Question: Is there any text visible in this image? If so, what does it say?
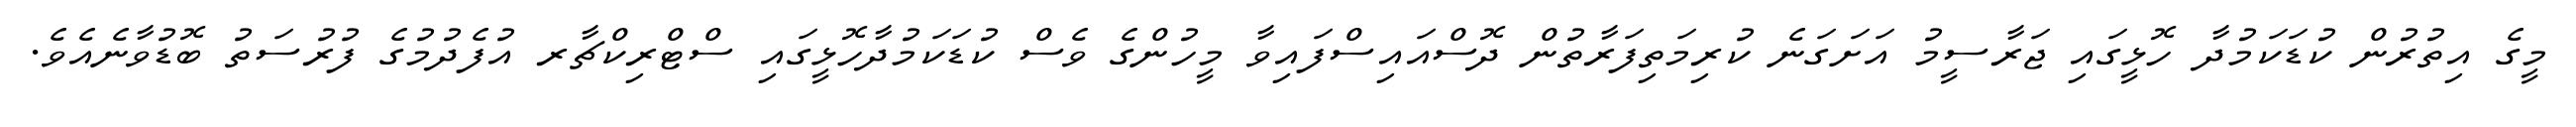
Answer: މީގެ އިތުރުން ކުޑަކަމުދާ ހޮޅީގައި ޖަރާސީމު އަށަގަނެ ކުރިމަތިފަރާތުން ދޮސްއައިސްފައިވާ މީހުންގެ ވެސް ކުޑަކަމުދާހޮޅީގައި ސްޓްރިކްޗާރ އުފެދުމުގެ ފުރުސަތު ބޮޑުވާނެއެވެ.